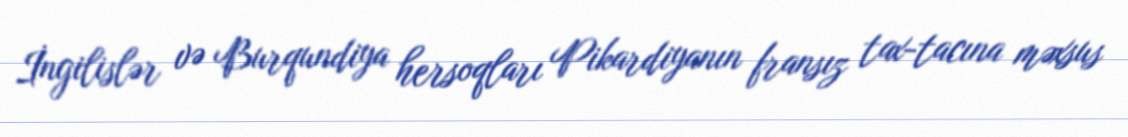
İngilislər və Burqundiya hersoqları Pikardiyanın fransız tax-tacına məxsus